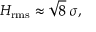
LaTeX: H _ { \mathrm { r m s } } \approx { \sqrt { 8 } } \; \sigma ,